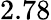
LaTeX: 2.78